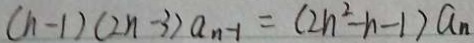
( n - 1 ) ( 2 n - 3 ) a _ { n - 1 } = ( 2 n ^ { 2 } - n - 1 ) a _ { n }